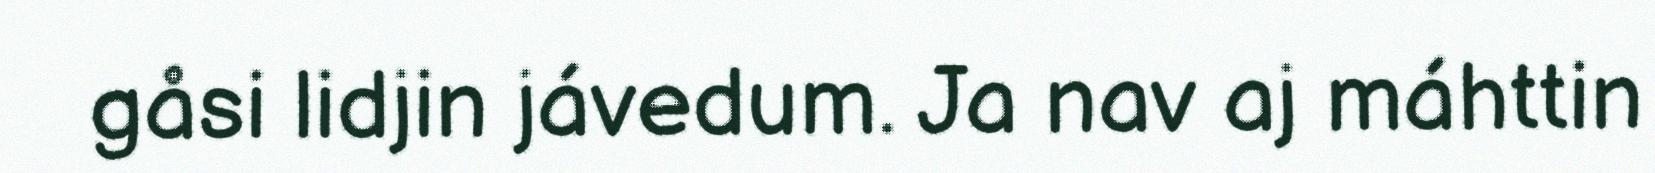
gåsi lidjin jávedum. Ja nav aj máhttin